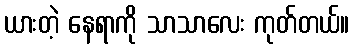
ယားတဲ့ နေရာကို သာသာလေး ကုတ်တယ်။